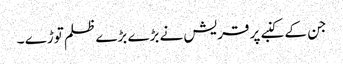
جن کے کنبے پر قریش نے بڑے بڑے ظلم توڑے ۔